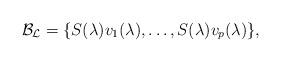
LaTeX: \begin{align*} \mathcal{B}_{\mathcal{L}} = \{S(\lambda) v_1 (\lambda) , \ldots , S(\lambda) v_p (\lambda) \},\end{align*}